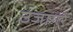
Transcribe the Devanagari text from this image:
उजागरे